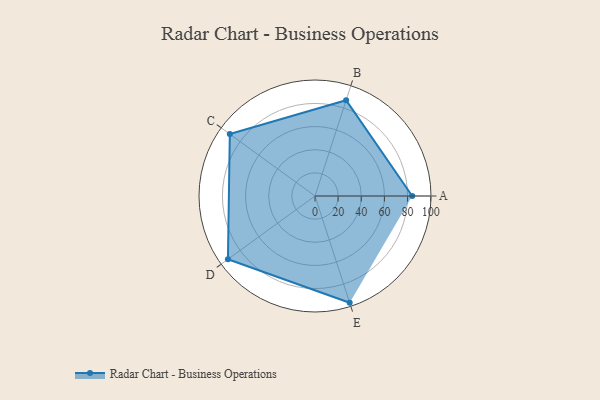
{"axis": {"x": "Skill", "y": "Score"}, "legend": ["Profile"], "data": [{"x": "A", "y": 84.0, "type": "Profile"}, {"x": "B", "y": 87.0, "type": "Profile"}, {"x": "C", "y": 91.0, "type": "Profile"}, {"x": "D", "y": 93.0, "type": "Profile"}, {"x": "E", "y": 97.0, "type": "Profile"}]}